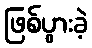
ဖြစ်ပွားခဲ့